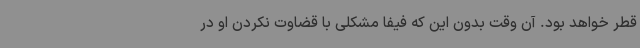
قطر خواهد بود. آن وقت بدون این که فیفا مشکلی با قضاوت نکردن او در